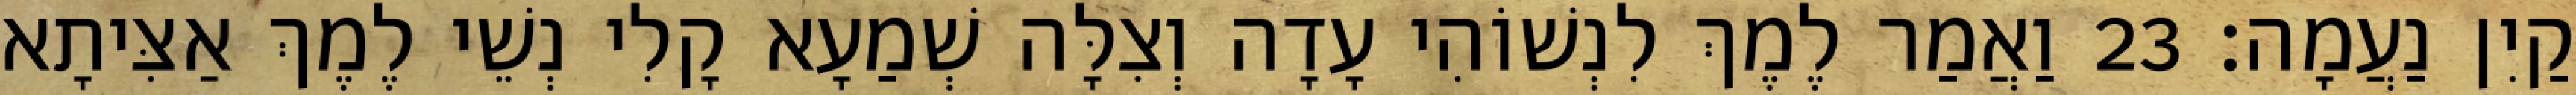
קַיִן נַעֲמָה׃ 23 וַאֲמַר לֶמֶךְ לִנְשׁוֹהִי עָדָה וְצִלָּה שְׁמַעָא קָלִי נְשֵׁי לֶמֶךְ אַצִּיתָא